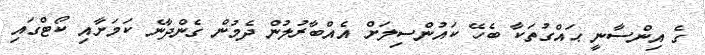
ގެ އިންސާނީ ޙައްގުތަކާ ބެހޭ ކައުންސިލަށް އެއްބާރުލުން ދެމުން ގެންދާނެ ކަމަށާއި ކޯޓްގައި